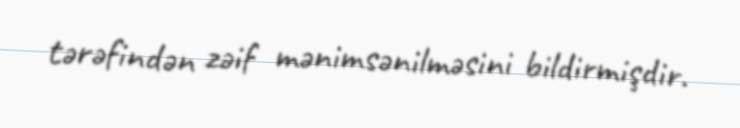
tərəfindən zəif mənimsənilməsini bildirmişdir.